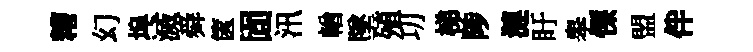
糟幻埠滅舜篋固汛輶墜殖㓛梯陟漣盱皋慄盟伴